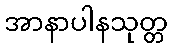
အာနာပါနသုတ္တ